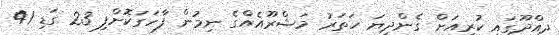
ދިއްދޫގައި ކުރިއަށް ގެންދިޔަ ހަތަރު މަޝްރޫއެއްގެ ނިމުން ފާހަގަކޮށްފި 23 ގަޑި 41